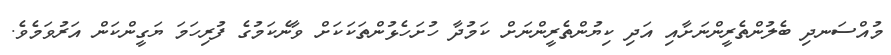
މުއްސަނދި ބެލުންތެރީންނަށާއި އަދި ކިޔުންތެރީންނަށް ކަމުދާ ހުށަހެޅުންތަކަކަށް ވާނެކަމުގެ ފުރިހަމަ ޔަގީންކަން އަރުވަމެވެ.